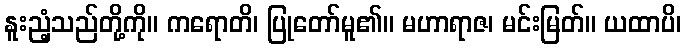
နူးညံ့သည်တို့ကို။ ကရောတိ၊ ပြုတော်မူ၏။ မဟာရာဇ၊ မင်းမြတ်။ ယထာပိ၊